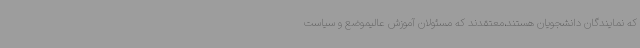
که نمایندگان دانشجویان هستند،معتقدند که مسئولان آموزش عالیموضع و سیاست